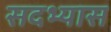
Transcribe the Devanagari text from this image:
सदभ्यास